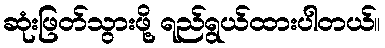
ဆုံးဖြတ်သွားဖို့ ရည်ရွယ်ထားပါတယ်။